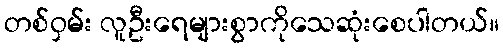
တစ်ဝှမ်း လူဦးရေများစွာကိုသေဆုံးစေပါတယ်။